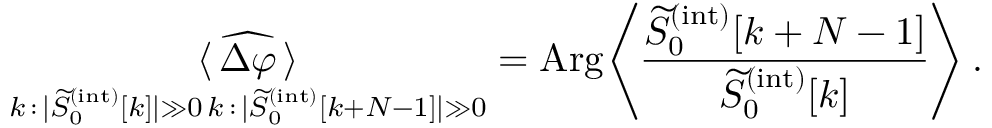
\underset { \substack { k \, : \, | \widetilde { S } _ { 0 } ^ { ( \mathrm { i n t } ) } [ k ] | \gg 0 \, k \, : \, | \widetilde { S } _ { 0 } ^ { ( \mathrm { i n t } ) } [ k + N - 1 ] | \gg 0 } } { \langle \, \widehat { \Delta \varphi } \, \rangle } = \mathrm { A r g } \Bigg \langle \frac { \widetilde { S } _ { 0 } ^ { ( \mathrm { i n t } ) } [ k + N - 1 ] } { \widetilde { S } _ { 0 } ^ { ( \mathrm { i n t } ) } [ k ] } \Bigg \rangle \, .